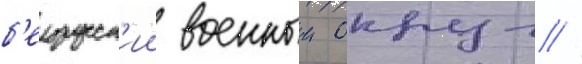
б'елорусск'ии военныи округ //